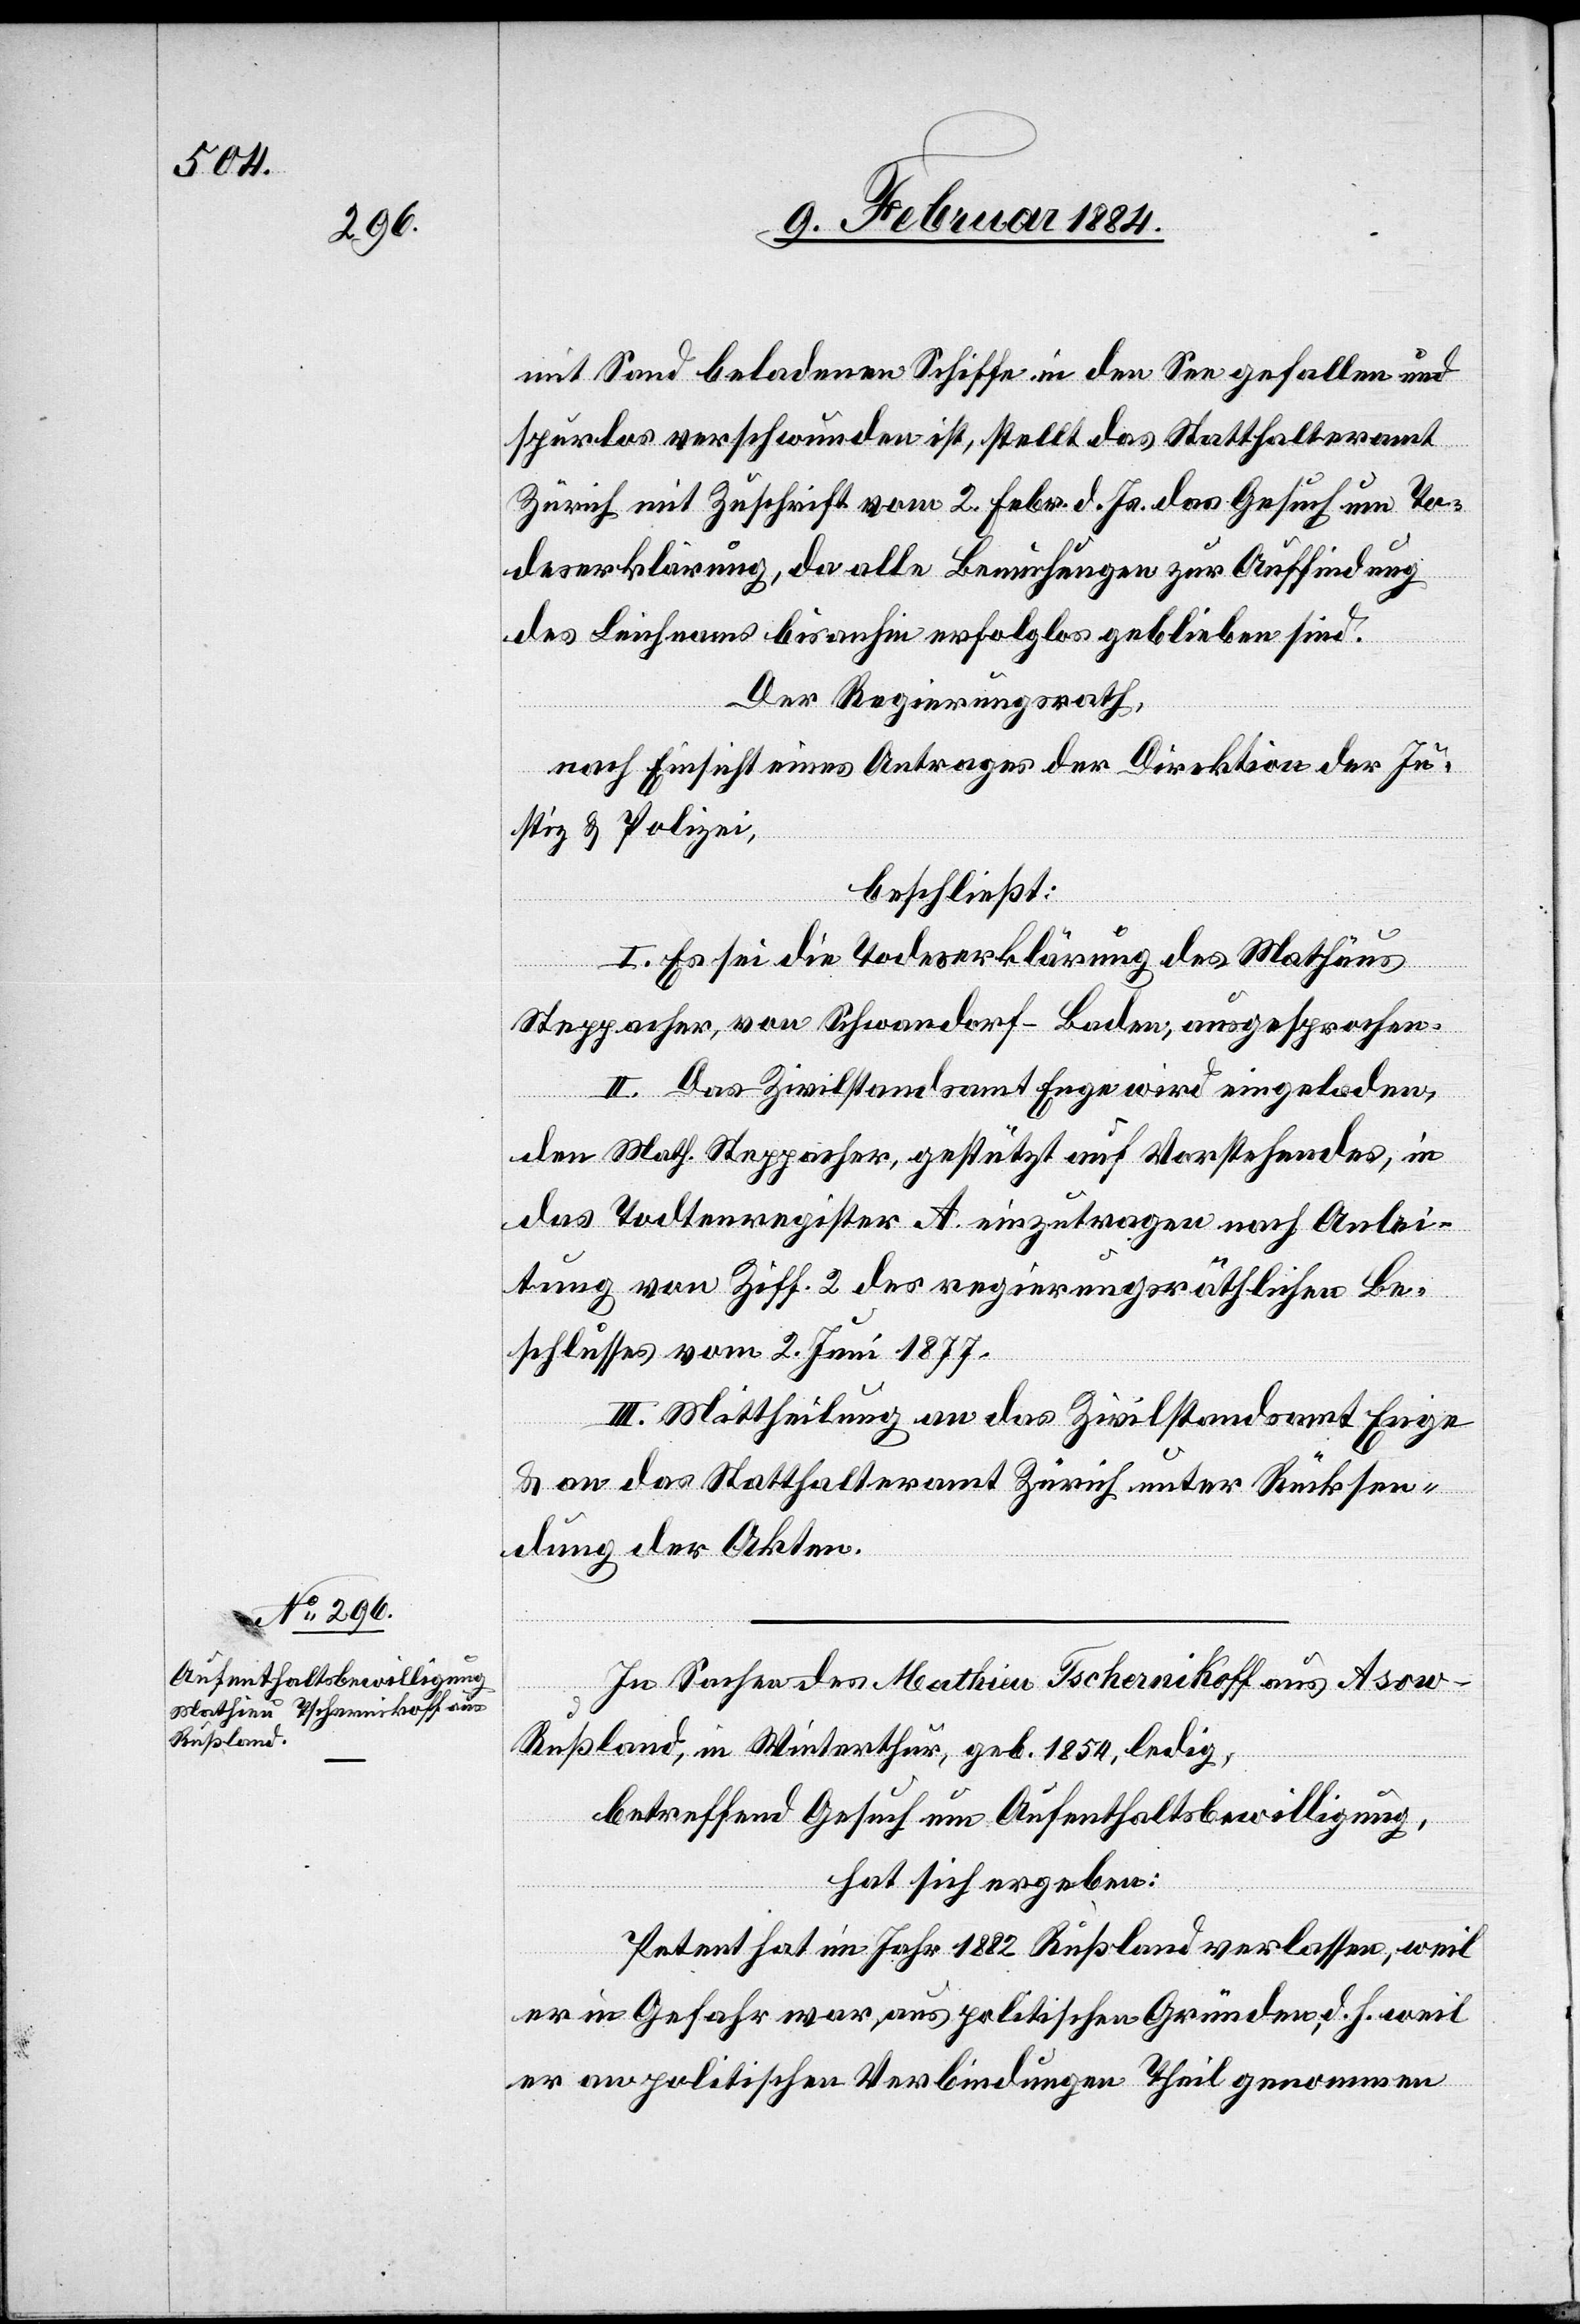
mit Sand beladenen Schiffe in den See gefallen und
spurlos verschwunden ist, stellt das Statthalteramt
Zürich mit Zuschrift vom 2. Febr. d. Js. das Gesuch um To¬
deserklärung, da alle Bemühungen zur Auffindung
des Leichnams bis anhin erfolglos geblieben sind.
Der Regierungsrath,
nach Einsicht eines Antrages der Direktion der Ju¬
stiz & Polizei,
beschließt:
I. Es sei die Todeserklärung des Mathäus
Steppacher, von Schwandorf - Baden, ausgesprochen.
II. Das Zivilstandsamt Enge wird eingeladen,
den Math. Steppacher, gestützt auf Vorstehendes, in
das Todtenregister A einzutragen nach Anlei¬
tung von Ziff. 2 des regierungsräthlichen Be¬
schlusses vom 2. Juni 1877.
III. Mittheilung an das Zivilstandsamt Enge
& an das Statthalteramt Zürich unter Rücksen¬
dung der Akten.
In Sachen des Mathieu Tschernikoff aus Asow
Rußland, in Winterthur, geb. 1854, ledig,
betreffend Gesuch um Aufenthaltsbewilligung,
hat sich ergeben:
Petent hat im Jahr 1882 Rußland verlassen, weil
er in Gefahr war, aus politischen Gründen, d. h. weil
er an politischen Verbindungen Theil genommen